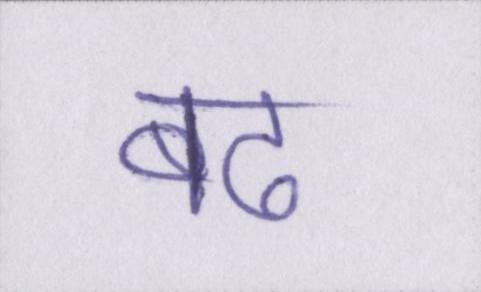
बढ